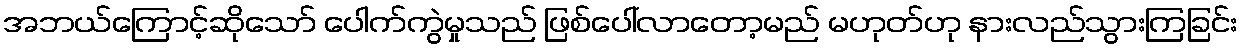
အဘယ်ကြောင့်ဆိုသော် ပေါက်ကွဲမှုသည် ဖြစ်ပေါ်လာတော့မည် မဟုတ်ဟု နားလည်သွားကြခြင်း